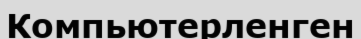
Компьютерленген